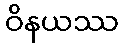
ဝိနယဿ